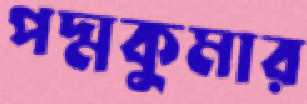
পদ্মকুমার